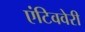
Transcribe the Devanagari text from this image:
एंटिववेरी